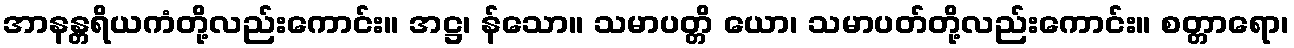
အာနန္တရိယကံတို့လည်းကောင်း။ အဋ္ဌ၊ န်သော။ သမာပတ္တိ ယော၊ သမာပတ်တို့လည်းကောင်း။ စတ္တာရော၊